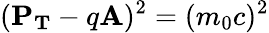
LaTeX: (\mathbf{P_{T}}-q\mathbf{A})^{2}=(m_{0}c)^{2}